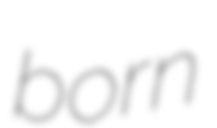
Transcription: born